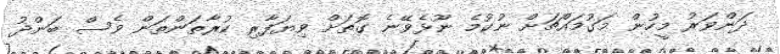
ދަންވަރު މީހުން މަގުމައްޗަށް ނުކުމެ ނޫޅެވޭނެ ގޮތަށް ވިޔަފާރި ކުރާތަންތަން ވެސް ބަންދު